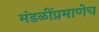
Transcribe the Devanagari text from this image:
मंडळींप्रमाणेच